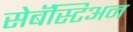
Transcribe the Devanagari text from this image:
सेबॅस्टिअन